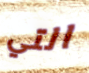
التي